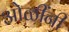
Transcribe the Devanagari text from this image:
ओळींनी